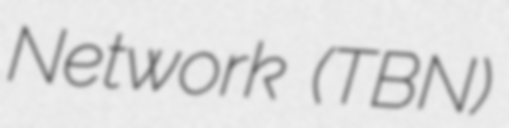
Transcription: Network (TBN)